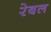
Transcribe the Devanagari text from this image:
रेबल